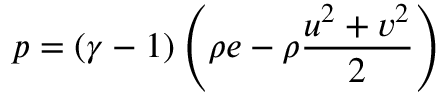
p = ( \gamma - 1 ) \left( \rho e - \rho \frac { u ^ { 2 } + v ^ { 2 } } { 2 } \right)